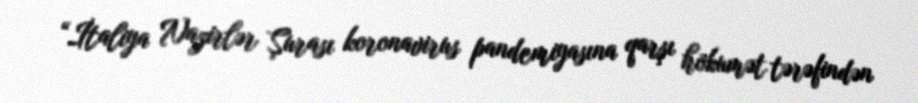
“İtaliya Nazirlər Şurası koronavirus pandemiyasına qarşı hökumət tərəfindən